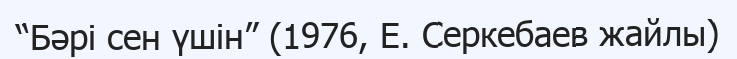
“Бәрі сен үшін” (1976, Е. Серкебаев жайлы)